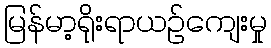
မြန်မာ့ရိုးရာယဉ်ကျေးမှု